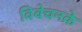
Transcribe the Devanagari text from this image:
विवेचनके